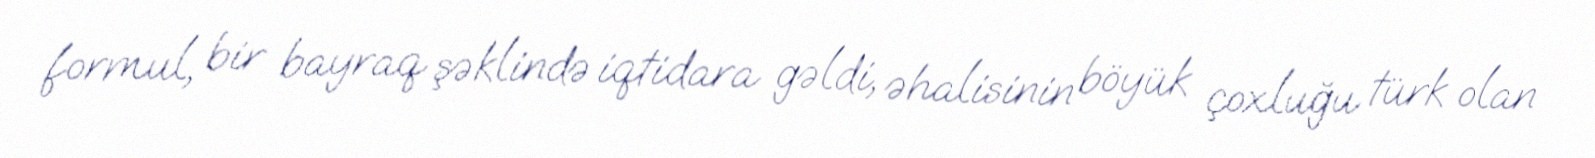
formul, bir bayraq şəklində iqtidara gəldi, əhalisinin böyük çoxluğu türk olan